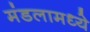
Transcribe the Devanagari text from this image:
मंडलामध्ये